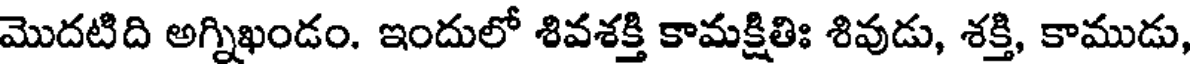
మొదటిది అగ్నిఖండం. ఇందులో శివశక్తి కామక్షితిః శివుడు, శక్తి, కాముడు,